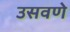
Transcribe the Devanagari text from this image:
उसवणे